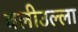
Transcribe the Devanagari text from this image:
वलीउल्ला